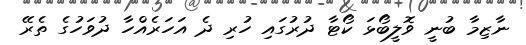
ނާޒިމާ ބުނީ ވޮލީބޯޅަ ކޯޓާ ދުރުގައި ހުރި ދެ އަހަރެއްހާ ދުވަހުގެ ތެރޭ